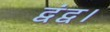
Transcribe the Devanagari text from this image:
द्वंद्व।